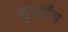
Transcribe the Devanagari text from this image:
सुबराँव